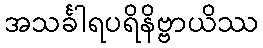
အသင်္ခါရပရိနိဗ္ဗာယိဿ